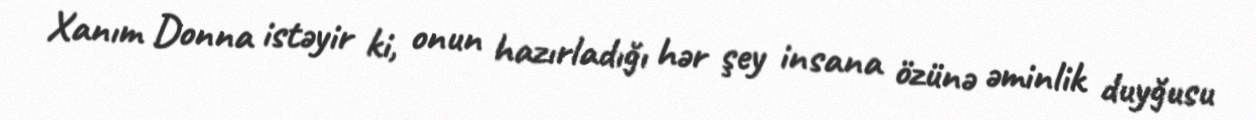
Xanım Donna istəyir ki, onun hazırladığı hər şey insana özünə əminlik duyğusu